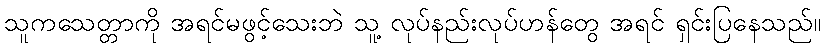
သူကသေတ္တာကို အရင်မဖွင့်သေးဘဲ သူ့ လုပ်နည်းလုပ်ဟန်တွေ အရင် ရှင်းပြနေသည်။